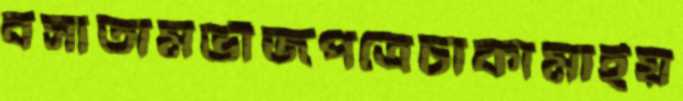
বসাতামভাঁজপত্রেচাকামাইয়